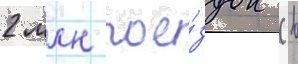
2 млн пое́здок (в